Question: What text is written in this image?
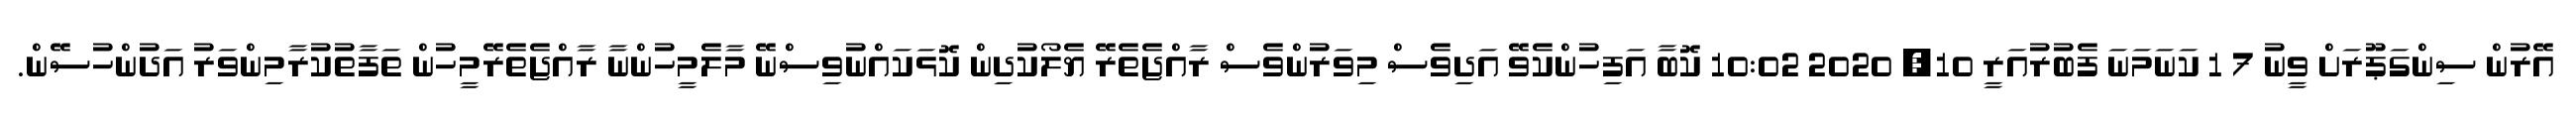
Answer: އޭރުން ސިންގަޕޫރަށް ވީނު 7 1 ކަނަމަނަ ފެބުރުއަރީ 10, 2020 10:02 ކޮބާ އަފިހުންކެވޭ އަދިވެސް މިވަރުންވެސް ރާއްޖެތެރޭ ޔެލޯކުދިން ކޮޅަކައްނުވިސްނޭ މާލެމީހުންނާ ރާއްޖެތެރޭމީހުން ތަފާތުކުރާމިންވަރު އަދުންހުސޭން.